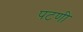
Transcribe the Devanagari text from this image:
पटणी